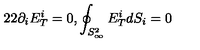
2 2 \partial _ { i } E _ { T } ^ { i } = 0 , \oint _ { S _ { \infty } ^ { 2 } } E _ { T } ^ { i } d S _ { i } = 0